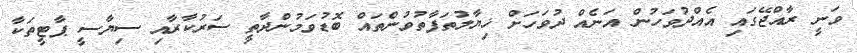
ވަނީ ރާއްޖޭގައި އެއްދުވަހުން އަނެއް ދުވަހަށް ޚިޔާލުތަފާތުވުންތައް ބޮޑުވަމުންދާތީ ސަރުކާރާއި ސިޔާސީ ޕާޓީތަކާ